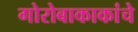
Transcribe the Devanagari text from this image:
गोरोबाकाकांचे